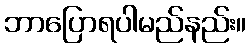
ဘာပြောရပါမည်နည်း။